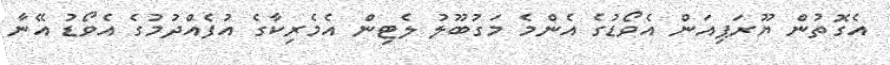
އެގޮތުން ޔޫރަޕިއަން އެވޯޑުގެ އެންމެ މަގުބޫލު ލެޓިން އެމެރިކާގެ އުފެއްދުމުގެ އެވޯޑު އޭނާ